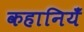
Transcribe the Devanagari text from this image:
कहानियँ